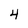
Character: 4